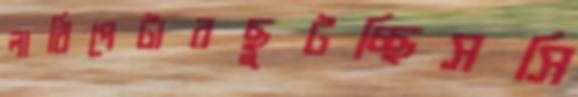
লাঠিপেটারছুটচ্ছিসসি